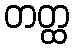
တတ္ထ